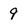
Character: 9